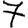
Digit: 7